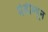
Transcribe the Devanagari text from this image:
मेडीम्यून